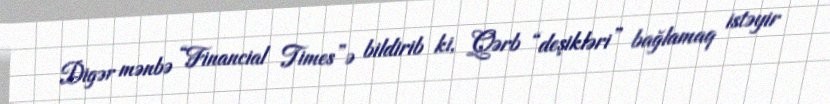
Digər mənbə “Financial Times”ə bildirib ki, Qərb “deşikləri” bağlamaq istəyir